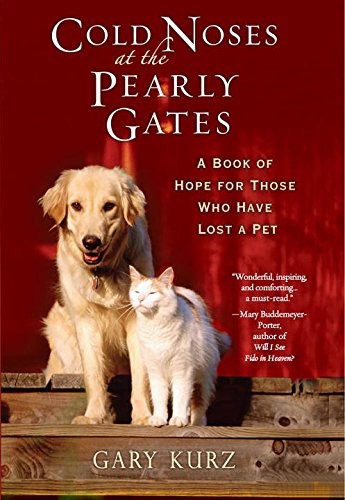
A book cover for Cold Noses At The Pearly Gates; Gary Kurz; Crafts, Hobbies & Home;